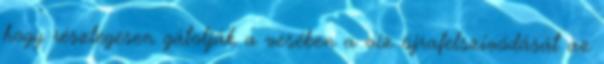
hogy részlegesen gátolják a vesében a víz újrafelszívódását az